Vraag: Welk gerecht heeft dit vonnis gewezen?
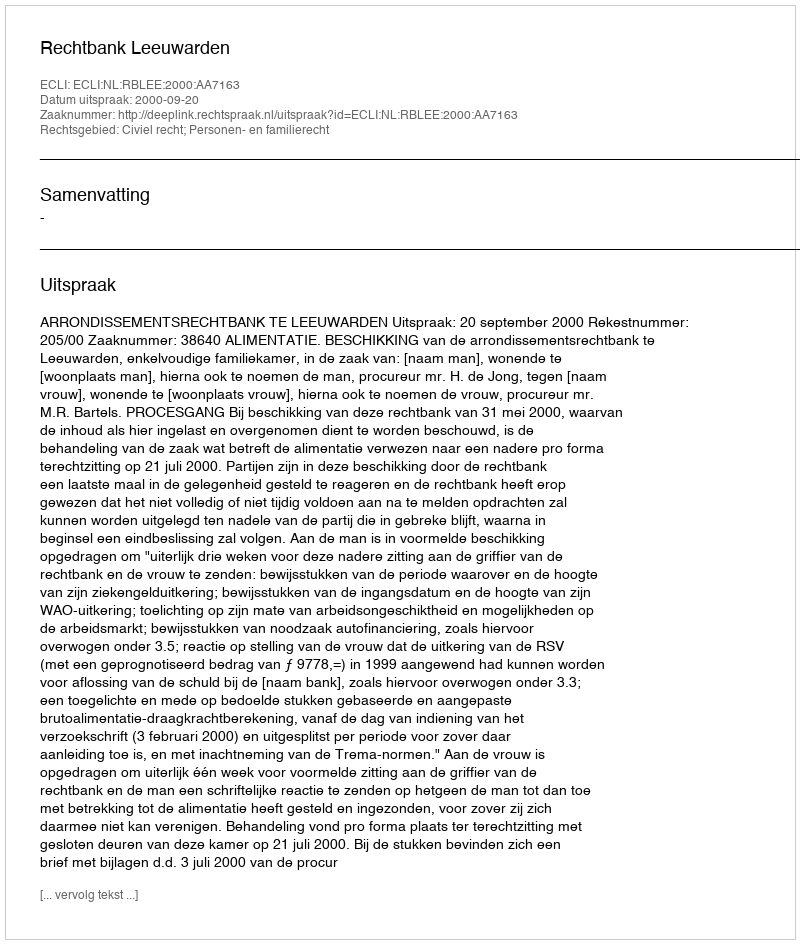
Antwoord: Rechtbank Leeuwarden